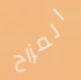
المزاح